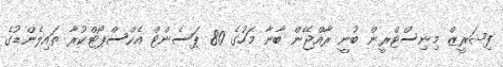
ފިޝަރީޒް މިނިސްޓްރީން ބުނީ ރާއްޖޭން ބާނާ މަހުގެ 80 ޕަސެންޓް އެކްސްޕޯޓްކުރާ ތައިލެންޑުގެ